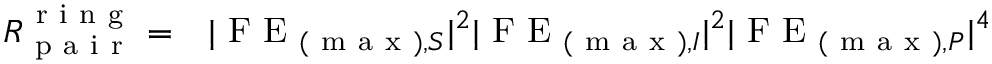
\begin{array} { r l } { R _ { \mathrm { ~ p ~ a ~ i ~ r ~ } } ^ { \mathrm { ~ r ~ i ~ n ~ g ~ } } = } & { { } | \mathrm { ~ F ~ E ~ } _ { ( \mathrm { ~ m ~ a ~ x ~ } ) , S } | ^ { 2 } | \mathrm { ~ F ~ E ~ } _ { ( \mathrm { ~ m ~ a ~ x ~ } ) , I } | ^ { 2 } | \mathrm { ~ F ~ E ~ } _ { ( \mathrm { ~ m ~ a ~ x ~ } ) , P } | ^ { 4 } } \end{array}